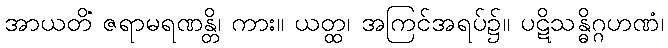
အာယတိံ ဇရာမရဏန္တိ၊ ကား။ ယတ္ထ၊ အကြင်အရပ်၌။ ပဋိသန္ဓိဂ္ဂဟဏံ၊